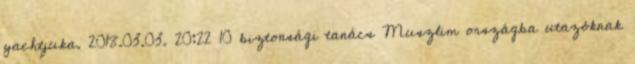
yachtjuka. 2018.03.03. 20:22 10 biztonsági tanács Muszlim országba utazóknak